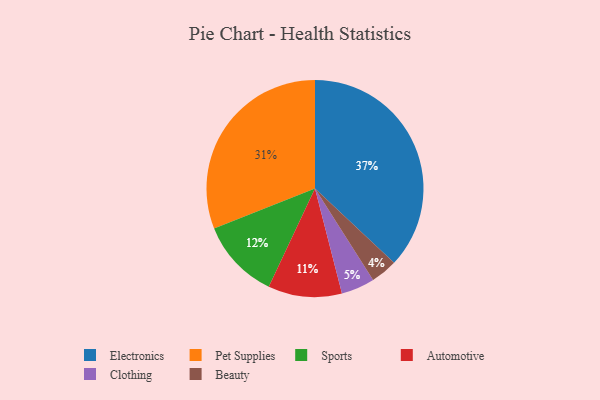
{"axis": {"x": "Category", "y": "Percentage"}, "legend": ["Automotive", "Beauty", "Clothing", "Electronics", "Pet Supplies", "Sports"], "data": [{"x": "Beauty", "y": 4, "type": "Beauty"}, {"x": "Clothing", "y": 5, "type": "Clothing"}, {"x": "Electronics", "y": 37, "type": "Electronics"}, {"x": "Sports", "y": 12, "type": "Sports"}, {"x": "Automotive", "y": 11, "type": "Automotive"}, {"x": "Pet Supplies", "y": 31, "type": "Pet Supplies"}]}